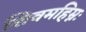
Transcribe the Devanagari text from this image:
शिवमहिम्नः